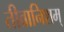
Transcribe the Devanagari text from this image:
तीव्रानिशम्‌